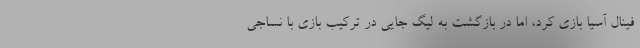
فینال آسیا بازی کرد، اما در بازگشت به لیگ جایی در ترکیب بازی با نساجی